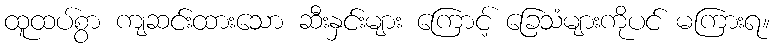
ထူထပ်စွာ ကျဆင်းထားသော ဆီးနှင်းများ ကြောင့် ခြေသံများကိုပင် မကြားရ။